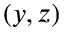
( y , z )